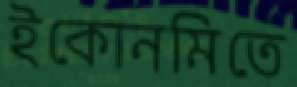
ইকোনমিতে